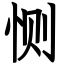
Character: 恻